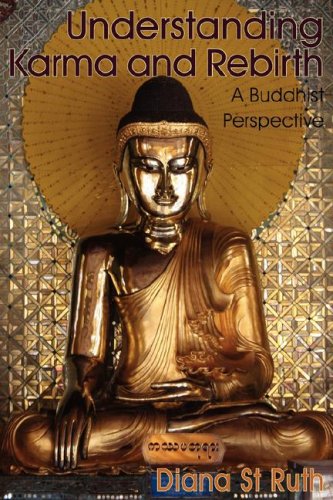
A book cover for Understanding Karma and Rebirth: A Buddhist Perspective; Diana St Ruth; Religion & Spirituality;